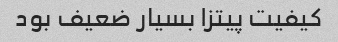
کیفیت پیتزا بسیار ضعیف بود